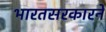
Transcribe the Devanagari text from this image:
भारतसरकारने